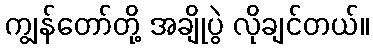
ကျွန်တော်တို့ အချိုပွဲ လိုချင်တယ်။